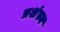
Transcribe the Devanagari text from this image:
प्रशंस्य